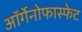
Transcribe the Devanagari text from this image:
ऑर्गेनोफास्फेट